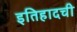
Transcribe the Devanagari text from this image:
इतिहादची